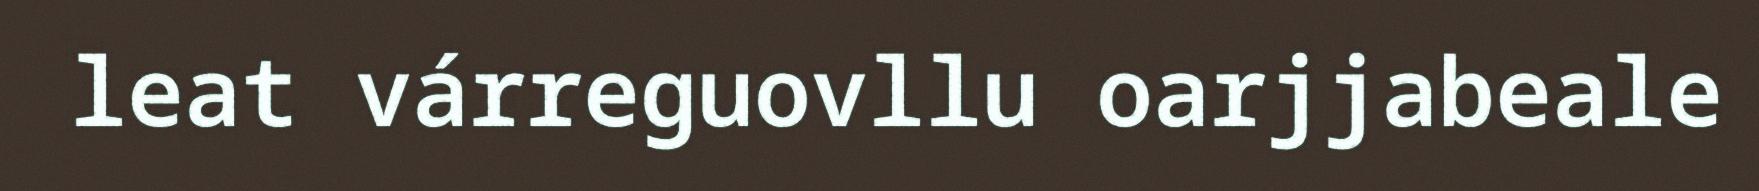
leat várreguovllu oarjjabeale